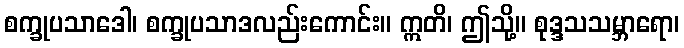
စက္ခုပသာဒေါ၊ စက္ခုပသာဒလည်းကောင်း။ ဣတိ၊ ဤသို့။ စုဒ္ဒသသမ္ဘာရော၊